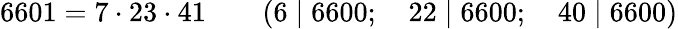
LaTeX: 6601=7\cdot 23\cdot 41\qquad(6\mid 6600;\quad 22\mid 6600;\quad 40\mid 6600)